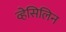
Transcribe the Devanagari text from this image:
व्हेसिलिन